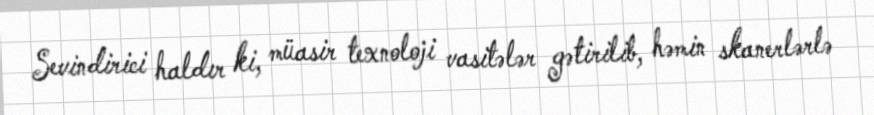
Sevindirici haldır ki, müasir texnoloji vasitələr gətirilib, həmin skanerlərlə